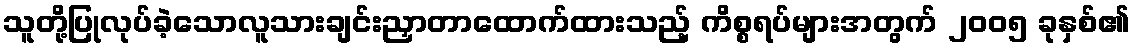
သူတို့ပြုလုပ်ခဲ့သောလူသားချင်းညှာတာထောက်ထားသည့် ကိစ္စရပ်များအတွက် ၂၀၀၅ ခုနှစ်၏